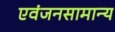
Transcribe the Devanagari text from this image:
एवंजनसामान्य